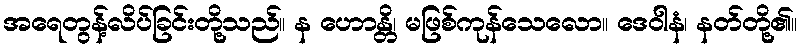
အရေတွန့်လိပ်ခြင်းတို့သည်။ န ဟောန္တိ၊ မဖြစ်ကုန်သေလော။ ဒေဝါနံ၊ နတ်တို့၏။